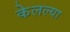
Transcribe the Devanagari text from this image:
केलल्या